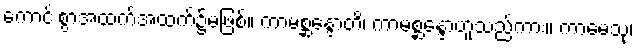
ကောင်းစွာအထက်အထက်၌မဖြစ်။ ကာမစ္ဆန္ဒောတိ၊ ကာမစ္ဆန္ဒောဟူသည်ကား။ ကာမေသု၊